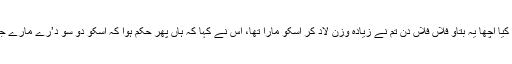
اسکے بعد پھر فرشتوں نے سوال کیا اچھا یہ بتاو فلاں فلاں دن تم نے زیادہ وزن لاد کر اسکو مارا تھا، اس نے کہا کہ ہاں پھر حکم ہوا کہ اسکو دو سو د’رے مارے جائیں، پھر مار پڑنا شروع ہوگئی۔